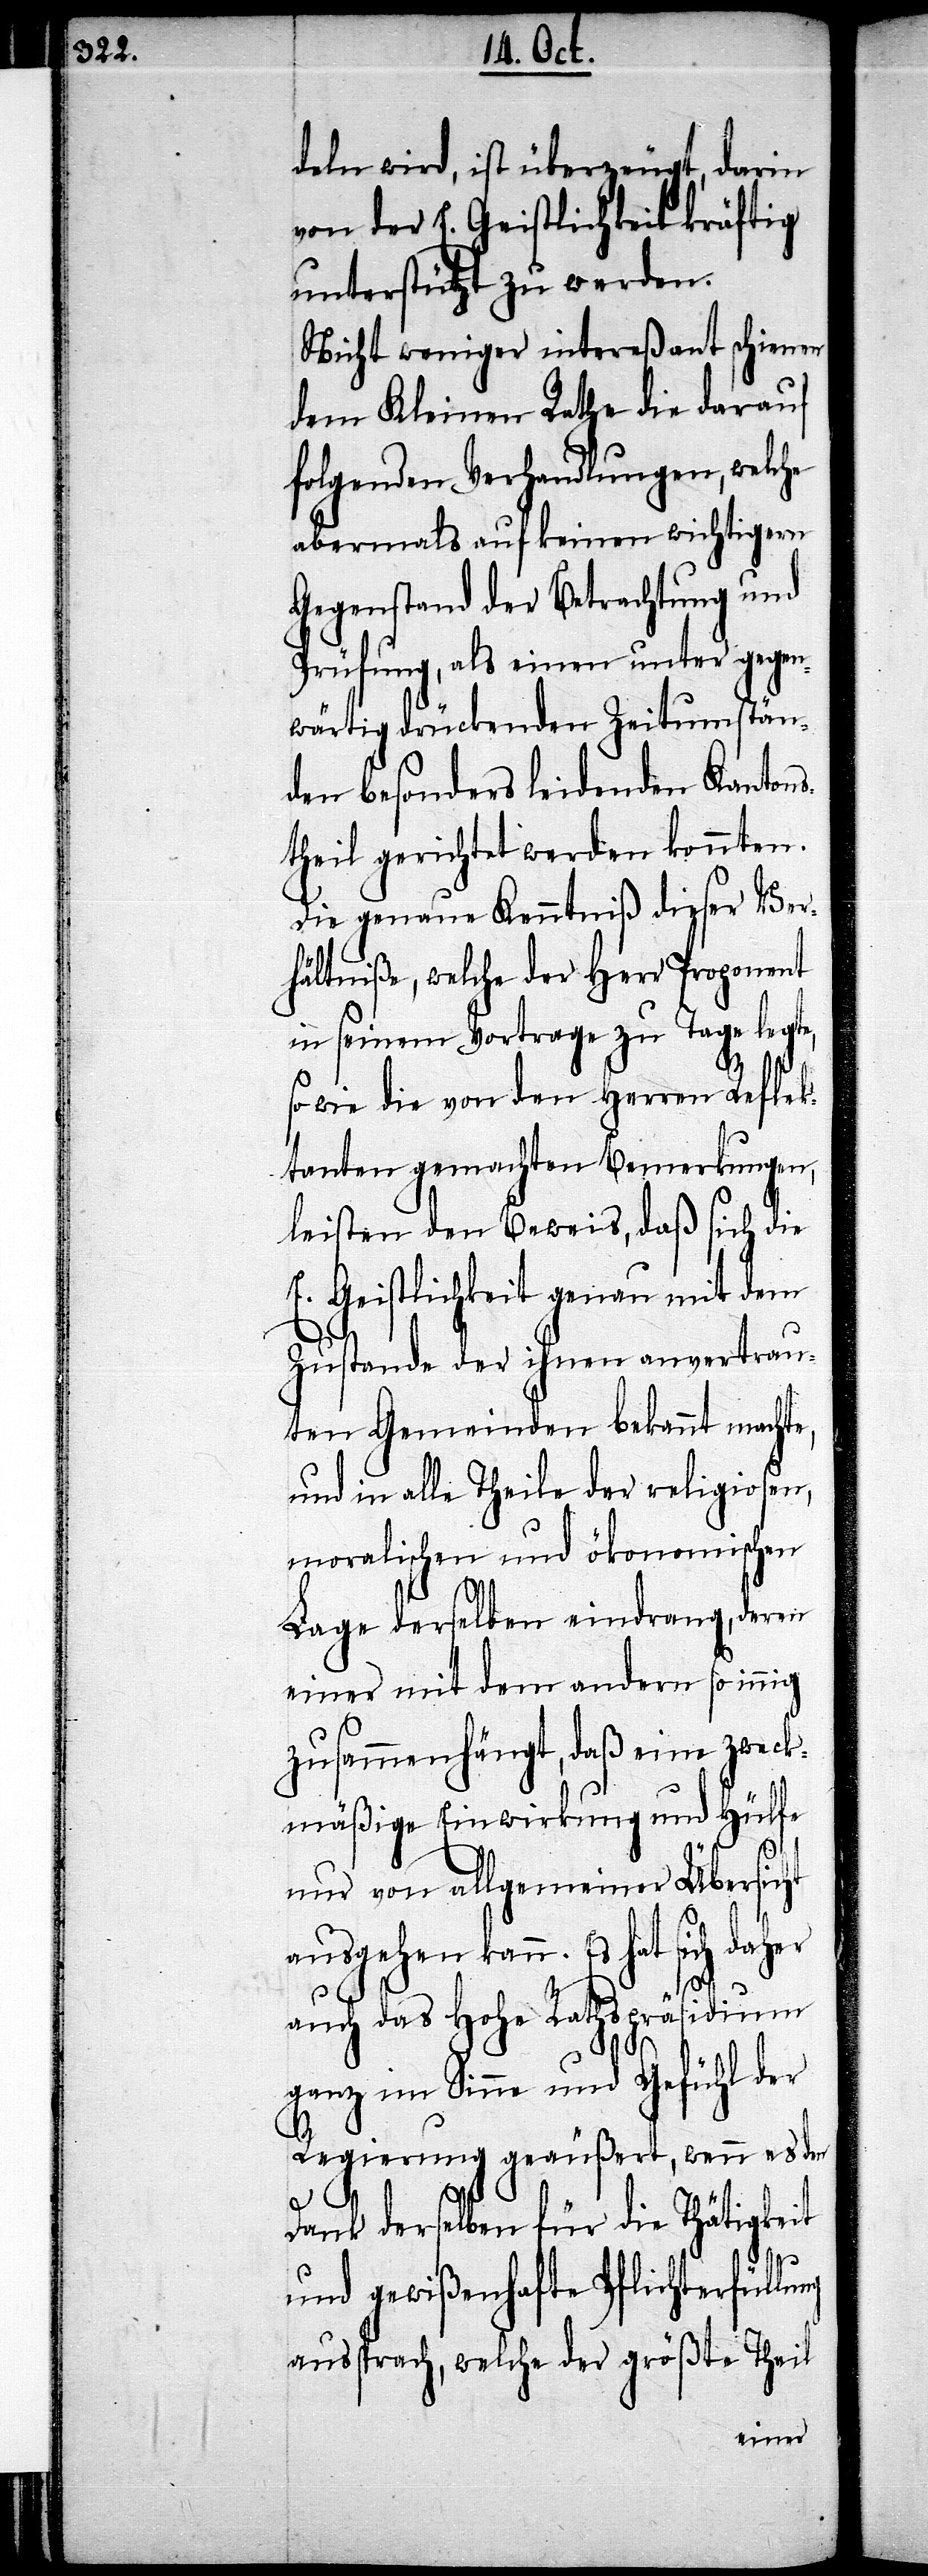
deln wird, ist überzeugt, darin
von der E. Geistlichkeit kräftig
unterstützt zu werden.
Nicht weniger intereßant schienen
dem Kleinen Rathe die darauf
folgenden Verhandlungen, welche
abermals auf keinen Fall wichtigem
Gegenstand der Betrachtung und
Prüfung, als einen unter gegen¬
wärtig drückenden Zeitumstän¬
den besonders leidenden Kantons¬
theil gerichtet werden konnten.
Die genaue Kenntniß dieser Ver¬
hältniße, welche der Herr Proponent
in seinem Vortrage zu Tage legte,
so wie die von den Herren Reflek¬
tanten gemachten Bemerkungen,
leisten den Beweis, daß sich die
E. Geistlichkeit genau mit dem
Zustande der ihnen anvertrau¬
ten Gemeinden bekannt machte,
und in alle Theile der religiosen,
moralischen und ökonomischen
Lage derselben eindrang, deren
einer mit dem andern so innig
zusammenhängt, daß eine zweck¬
mäßige Einwirkung und Hülfe
nur von allgemeiner Übersicht
ausgehen kann. Es hat sich daher
auch das Hohe Rathspräsidium
ganz im Sinne und Gefühl der
Regierung geäußert, wenn es den
Dank derselben für die Thätigkeit
und gewißenhafte Pflichterfüllung
aussprach, welche der größte Theil